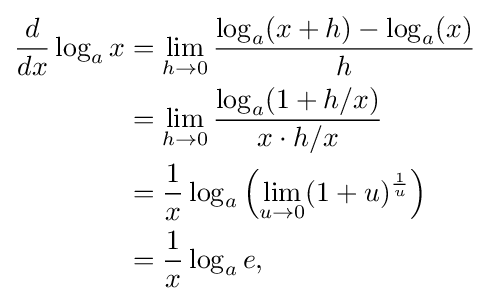
{\begin{aligned}{\frac {d}{dx}}\log _{a}x&=\lim _{h\to 0}{\frac {\log _{a}(x+h)-\log _{a}(x)}{h}}\\&=\lim _{h\to 0}{\frac {\log _{a}(1+h/x)}{x\cdot h/x}}\\&={\frac {1}{x}}\log _{a}\left(\lim _{u\to 0}(1+u)^{\frac {1}{u}}\right)\\&={\frac {1}{x}}\log _{a}e,\end{aligned}}